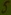
Text: 5